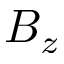
B _ { z }